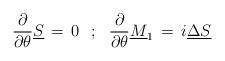
LaTeX: \begin{align*}{\partial \over \partial \theta} \underline S \,=\, 0 \,\,\,\,;\,\,\,\,{\partial \over \partial \theta} \underline M_1 \,=\, i \underline \Delta \underline S\end{align*}